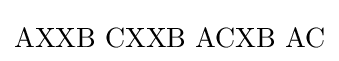
\mathrm {AXXB\,\,CXXB\,\,ACXB\,\,AC}